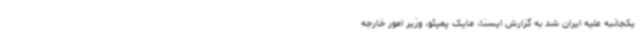
یکجانبه علیه ایران شد به گزارش ایسنا، مایک پمپئو، وزیر امور خارجه